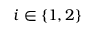
i \in \{ 1 , 2 \}